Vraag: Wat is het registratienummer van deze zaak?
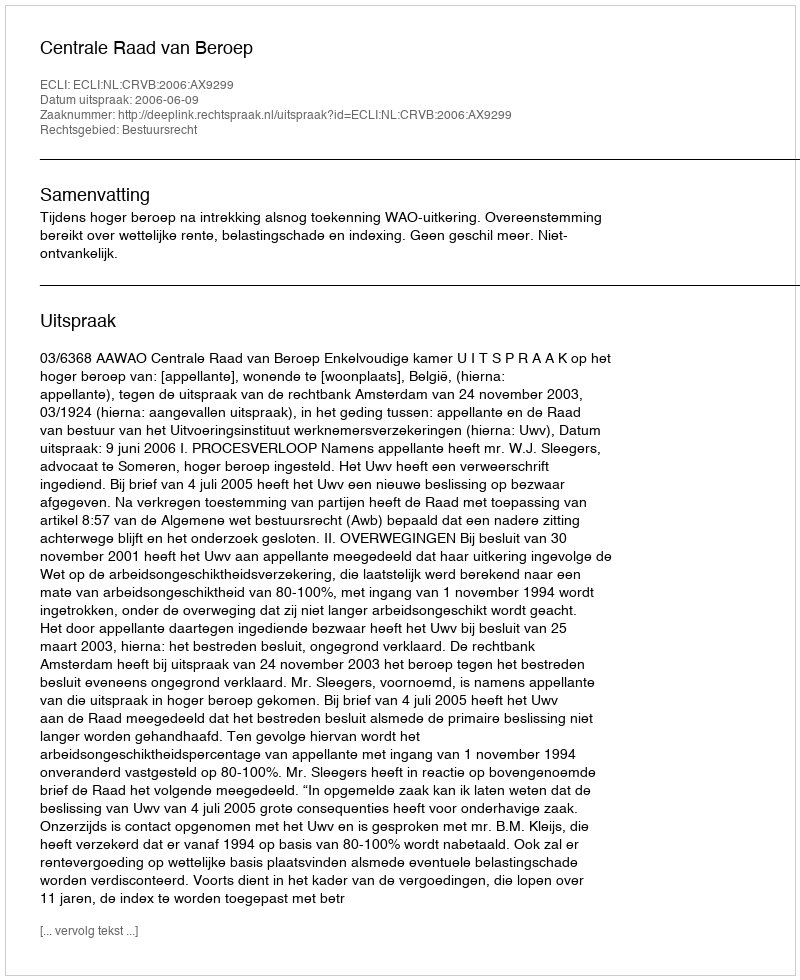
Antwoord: http://deeplink.rechtspraak.nl/uitspraak?id=ECLI:NL:CRVB:2006:AX9299